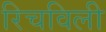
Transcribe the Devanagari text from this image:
रिचविली